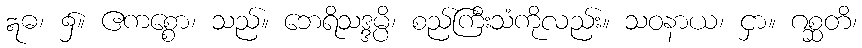
ဣဓ၊ ၌။ ဧကစ္စော၊ သည်။ ဘေရိသဒ္ဒမ္ပိ၊ စည်ကြီးသံကိုလည်း။ သဝနာယ၊ ငှာ။ ဂစ္ဆတိ၊